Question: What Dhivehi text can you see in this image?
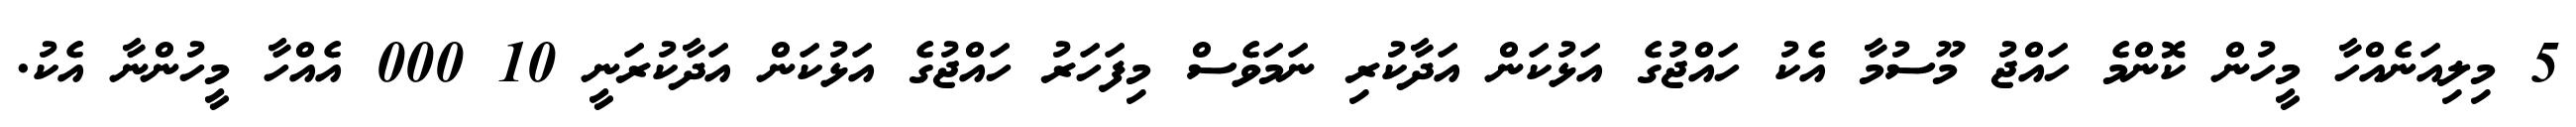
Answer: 5 މިލިއަނެއްހާ މީހުން ކޮންމެ ހައްޖު މޫސުމާ އެކު ހައްޖުގެ އަޅުކަން އަދާކުރި ނަމަވެސް މިފަހަރު ހައްޖުގެ އަޅުކަން އަދާކުރަނީ 10 000 އެއްހާ މީހުންނާ އެކު.